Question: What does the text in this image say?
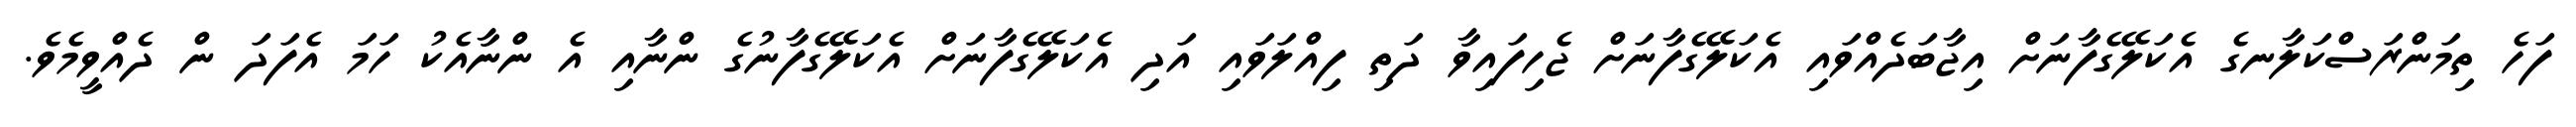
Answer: ފަހެ ތިމަންރަސްކަލާނގެ އެކަލޭގެފާނަށް އިޖާބަދެއްވައި އެކަލޭގެފާނަށް ޖެހިފައިވާ ދަތި ފިއްލަވައި އަދި އެކަލޭގެފާނަށް އެކަލޭގެފާނުގެ ންނާއި އެ ންނާއެކު ހަމަ އެފަދަ ން ދެއްވީމެވެ.